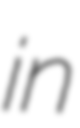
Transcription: in